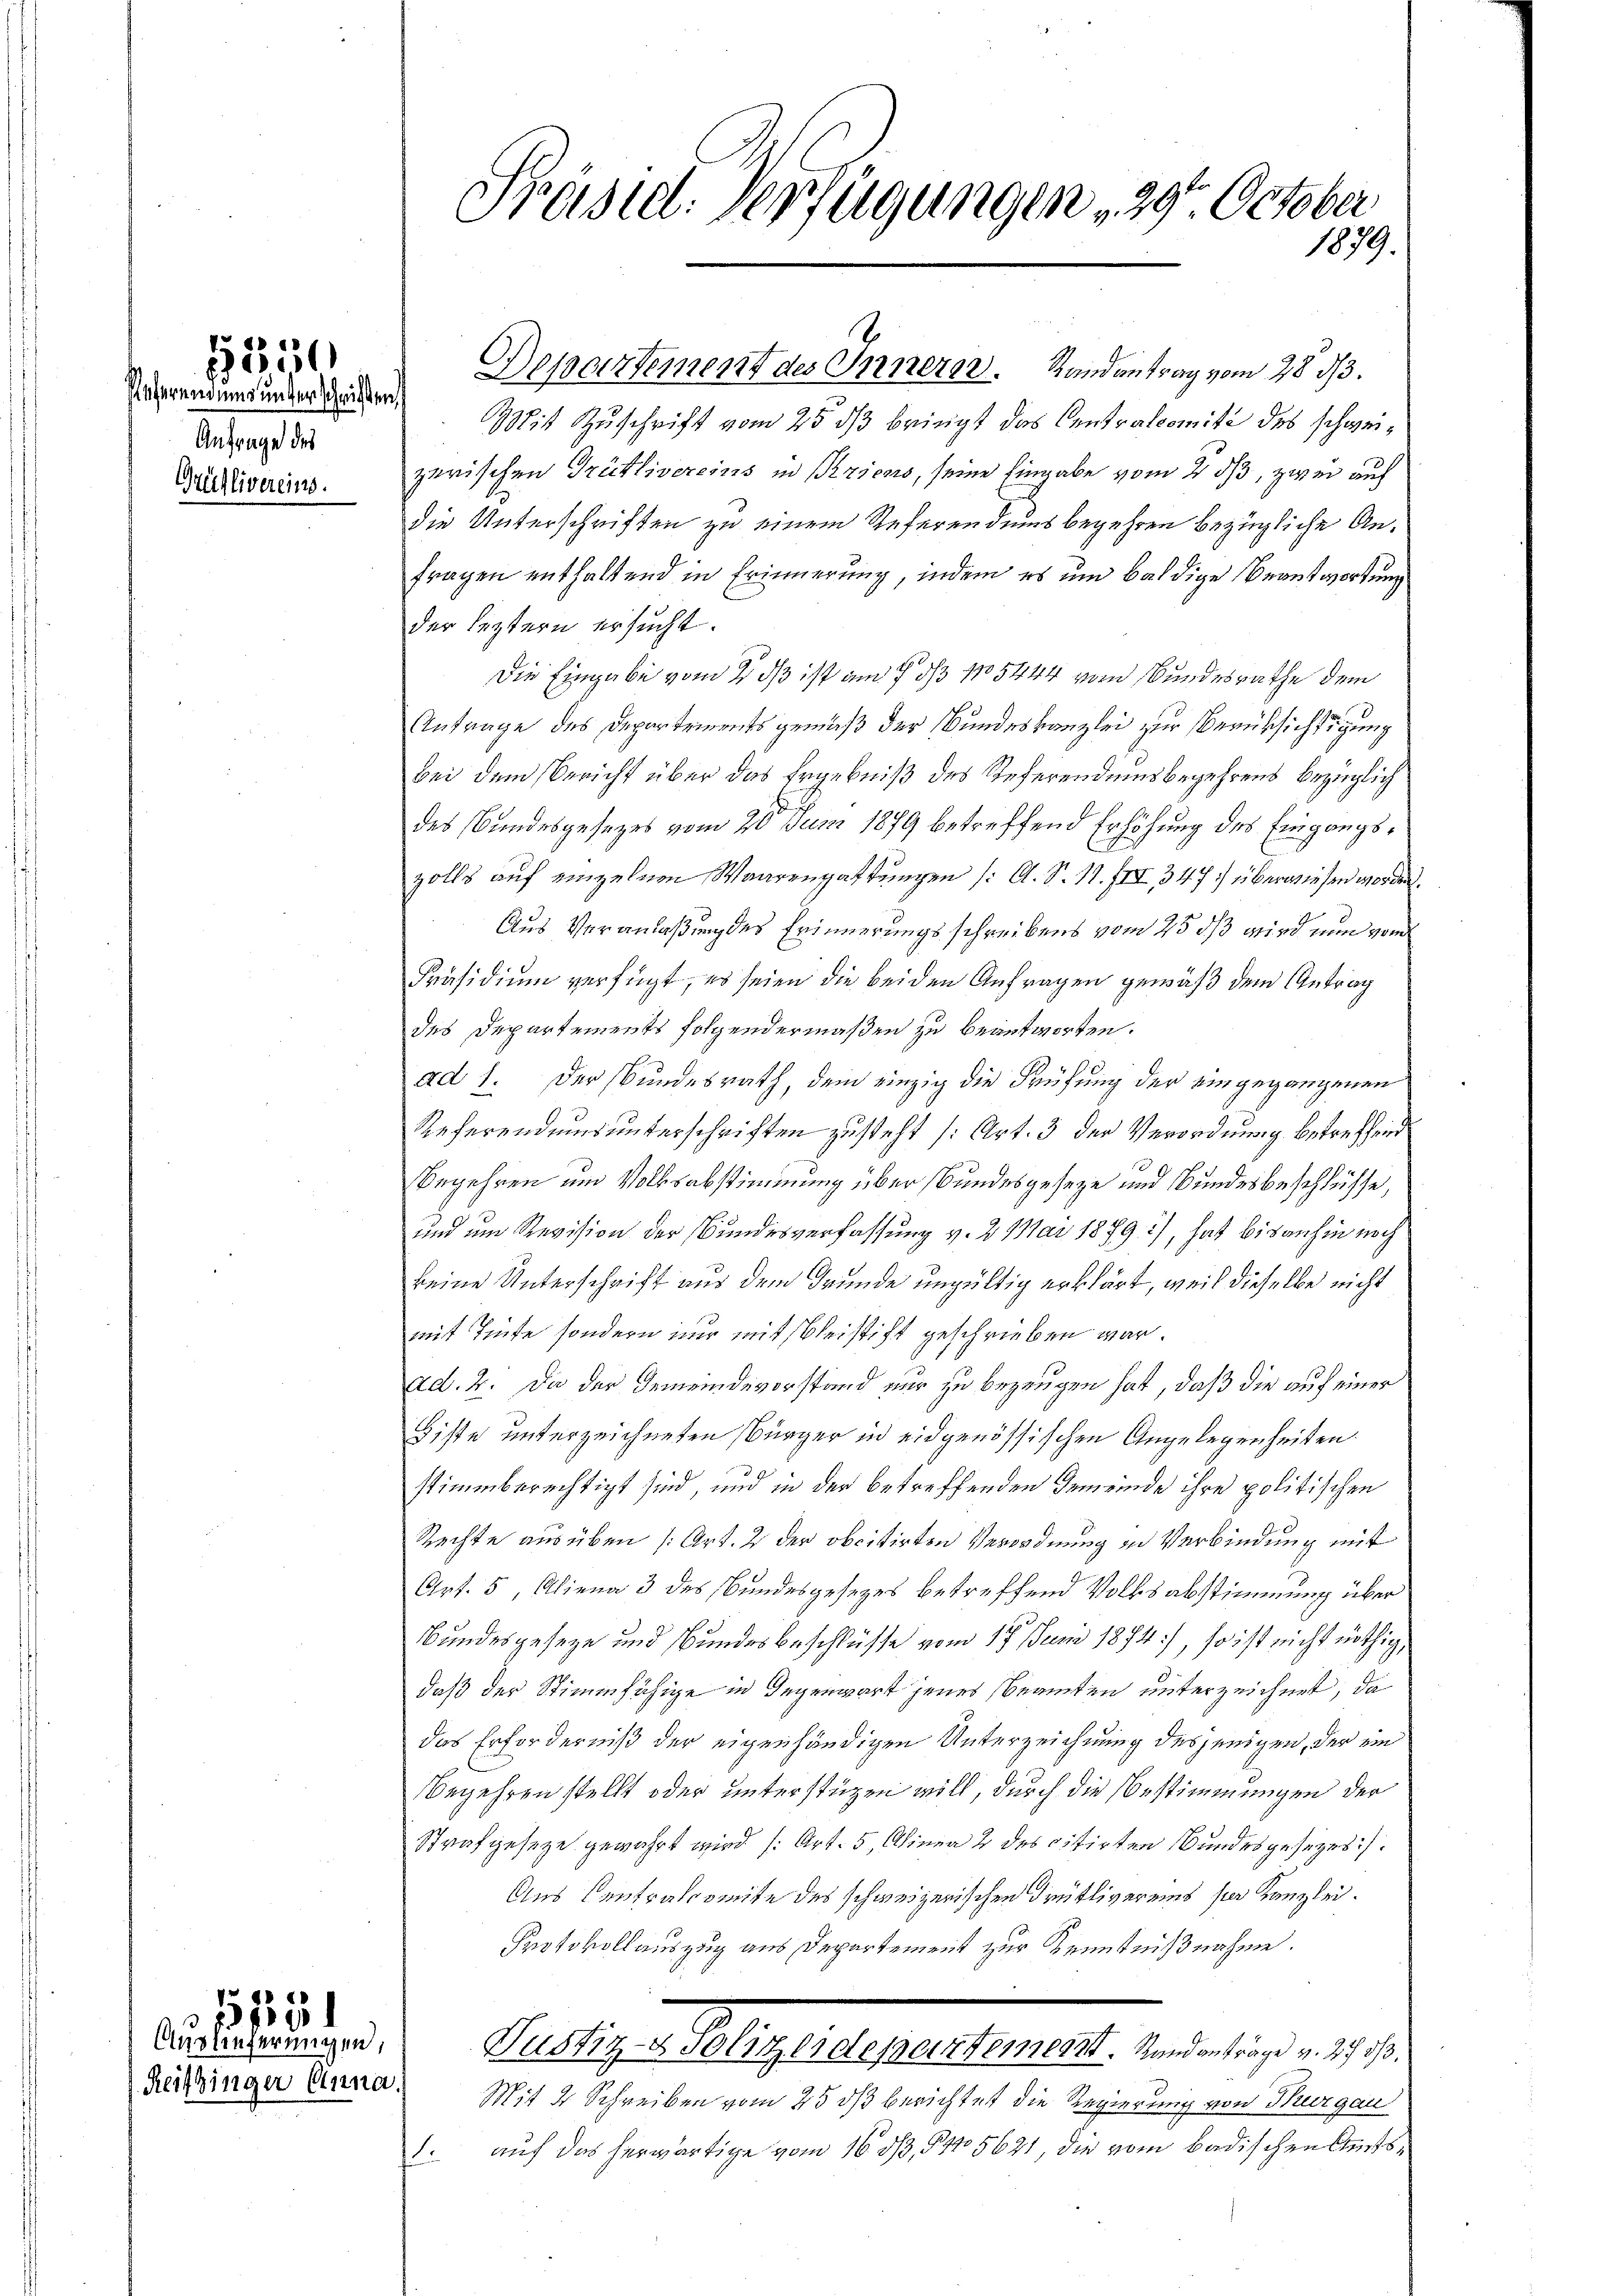
Referendung unter schnitten
Anfrage des
Grütlivereins.

1550

Reitzinger Anna.

11
¬
Auslieferungen,

Präsid. Verfügungen 29. October
1879.

Mit Zuschrift vom 25. ds bringt das Centralcomité des schweizerischen Grütlivereins in Priens, seine Eingabe vom 2. dβ, zwei auf
Die Unterschriften zu einem Referendums begehren bezügliche Anfragen enthaltend in Erinnerung, indem es um baldige Beantwortung
der leztern ersucht.
Die Eingabe vom 2. ds ist am 7. ds 15444 vom Bundesrathe dem
Antrage des Departements gemäß der Bundeskanzlei zur Berüksichtigung
bei dem Bericht über das Ergebniß des Referendumsbegehrens bezüglich
des Bundesgesezes vom 20 Juni 1879 betreffend Erhöhung des Eingangszolls auf einzelnen Waarengattungen (: A. S. N. III 347 überwiesen worden.
Aus Veranlaßung des Erinnerungsschreibens vom 25 ds wird nun vom
Präsidium verfügt, es seien die beiden Anfragen gemäß dem Antrag
des Departements folgendermaßen zu beantworten.
ad 1. Der Bundesrath, dem einzig die Prüfung der eingegangenen
Referendums unterschriften zusteht (Art. 3 der Verordnung betreffend
Begehren und Volksabstimmung über Bundesgeseze und Bundesbeschlüsse,
und um Revision der Bundesverfassung v. 2. Mai 1879), hat bisanhin noch
keine Unterschrift aus dem Grunde ungültig erklärt, weil dieselbe nicht
mit Tinte, sondern nur mit bleistift geschrieben war.
ad. 2. Da der Gemeindevorstand nur zu bezeugen hat, daß die auf einer
Fiste unterzeichneten Bürger in eidgenössischen Angelegenheiten.
stimmberechtigt sind, und in der betreffenden Gemeinde ihre politischen
Rechte ausüben (Art. 2 der obcitirten Verordnung in Verbindung mit
Art. 5, Aliena 3 des Bundesgesetzes betreffend Volksabstimmung über
Bundesgeseze und Bundesbeschlüsse vom 17 Juni 1874), so ist nicht nöthig,
daß der Stimmfähige in Gegenwart jenes Beamten unterzeichnet, da
das Erforderniß der eigenhändigen Unterzeichnung desjenigen, der ein
Begehren stellt oder unterstüzen will, durch die Bestimmungen der
Strafgesetze gewährt wird (Art. 5, Alinea 2 des citirten Bundesgesezes¬
Aus Centralcomite des schweizerischen drüklivereins sei Kanzlei.
Protokollauszug aus Departement zur Kenntnißnahme.
Pelligen Abgelegenselben ist, den sie ist.
Mit 2 Schreiben vom 25 ds berichtet die Regierung von Thurgau
1. auf das herwärtige vom 16. ds, § 5621, die vom Badischen Amts¬

Departement des Innern. Randantrag vom 28. 33.